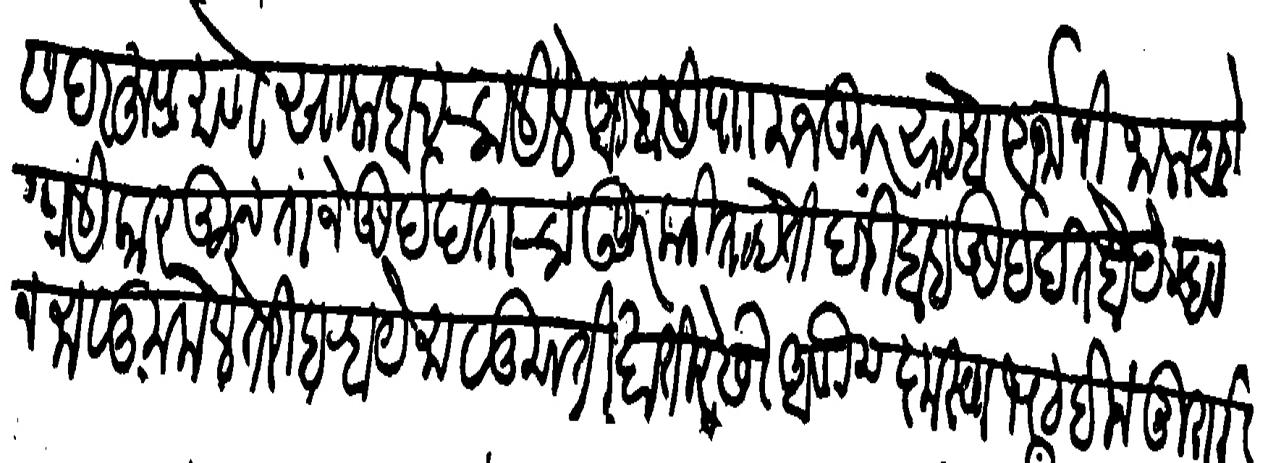
Transliteration (Devanagari): सदरहू प्रमाणे सालाबाद चालीले आहे हाली पाा मजकूर साहेब अर्जानीजाला आहे त्यास हाली कारकून ताजे खुर्दखताचा उजूर करीताहेती दरीबाब खुर्दखत होये म्हणौ न मालूम केले तरी बऱ्हाय मालुमती खातीरेसी आणोन कृस्णामट बिन मुरारी